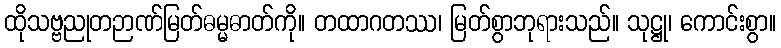
ထိုသဗ္ဗညုတဉာဏ်မြတ်ဓမ္မဓာတ်ကို။ တထာဂတဿ၊ မြတ်စွာဘုရားသည်။ သုဋ္ဌု၊ ကောင်းစွာ။